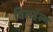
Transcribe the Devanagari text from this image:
विलहॅल्म